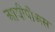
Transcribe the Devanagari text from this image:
आयीपीअस